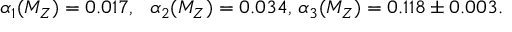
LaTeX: \alpha _ { 1 } ( M _ { Z } ) = 0 . 0 1 7 , \ \ \alpha _ { 2 } ( M _ { Z } ) = 0 . 0 3 4 , \, \alpha _ { 3 } ( M _ { Z } ) = 0 . 1 1 8 \pm 0 . 0 0 3 .